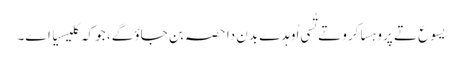
یسوع تے پروہسا کرو تے تُسی اُوہدے بدن دا حصہ بن جاؤ گے، جو کہ کلیسیا اے۔